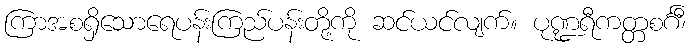
ကြာအစရှိသောရေပန်းကြည်ပန်းတို့ကို ဆင်ယင်လျက်။ ပုဏ္ဍရီကတ္တစင်္ဂီ၊